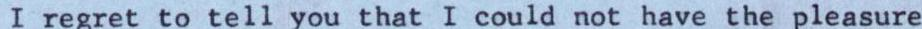
I regret to tell you that I could not have the pleasure